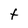
Character: t